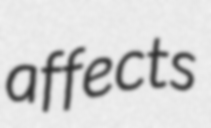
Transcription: affects